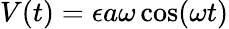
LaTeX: V(t)=\epsilon a\omega\cos(\omega t)